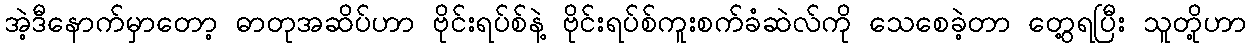
အဲ့ဒီနောက်မှာတော့ ဓာတုအဆိပ်ဟာ ဗိုင်းရပ်စ်နဲ့ ဗိုင်းရပ်စ်ကူးစက်ခံဆဲလ်ကို သေစေခဲ့တာ တွေ့ရပြီး သူတို့ဟာ